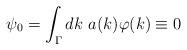
LaTeX: \begin{align*}\psi_0=\int_\Gamma dk~a(k)\varphi(k)\equiv 0\end{align*}